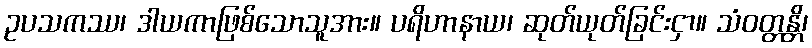
ဥပသကဿ၊ ဒါယကာဖြစ်သောသူအား။ ပရိဟာနာယ၊ ဆုတ်ယုတ်ခြင်းငှာ။ သံဝတ္တန္တိ၊